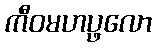
ကီဝမဟပ္ဖလော